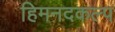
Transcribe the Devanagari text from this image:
हिमनदकल्प